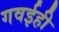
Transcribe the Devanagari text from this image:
गवईही